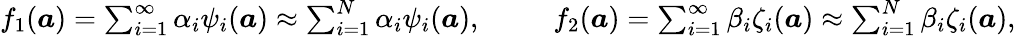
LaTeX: \begin{array}{r}{f_{1}(\boldsymbol{a})=\sum_{i=1}^{\infty}\alpha_{i}\psi_{i}(\boldsymbol{a})\approx\sum_{i=1}^{N}\alpha_{i}\psi_{i}(\boldsymbol{a}),\ \ \ \ \ \ \ \ \ \ f_{2}(\boldsymbol{a})=\sum_{i=1}^{\infty}\beta_{i}\zeta_{i}(\boldsymbol{a})\approx\sum_{i=1}^{N}\beta_{i}\zeta_{i}(\boldsymbol{a}),}\end{array}